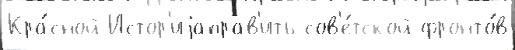
Кра́сной Истор'иjаправ'ить сов'е́тской фронто́в